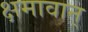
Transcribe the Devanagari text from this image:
क्षमावान्